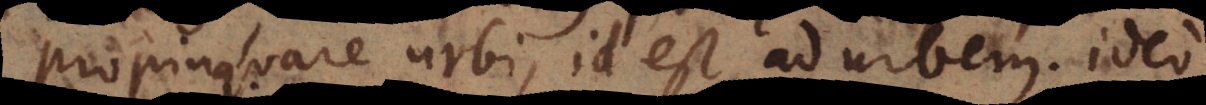
propinquare urbi, id est ad urbem. Ideo